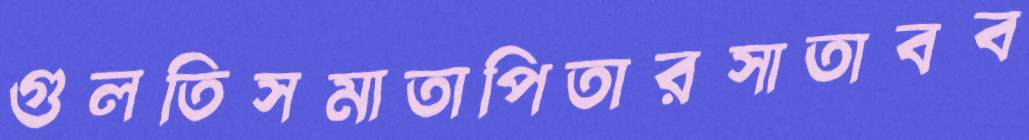
গুলতিসমাতাপিতারসাতাবব